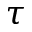
\tau